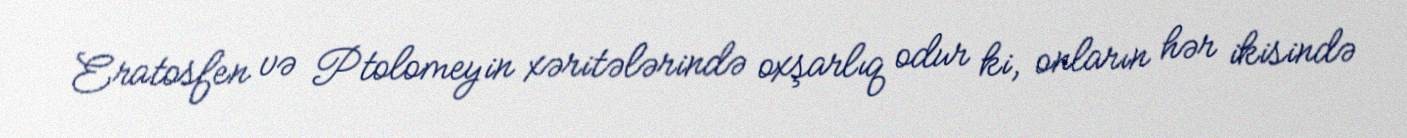
Eratosfen və Ptolomeyin xəritələrində oxşarlıq odur ki, onların hər ikisində